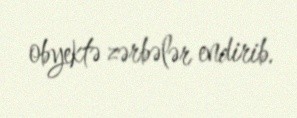
obyektə zərbələr endirib.